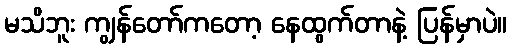
မသိဘူး ကျွန်တော်ကတော့ နေထွက်တာနဲ့ ပြန်မှာပဲ။